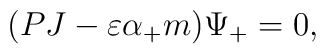
(PJ-\varepsilon\alpha_{+}m)\Psi_{+}=0,